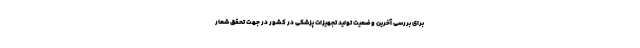
برای بررسی آخرین وضعیت تولید تجهیزات پزشکی در کشور در جهت تحقق شعار